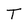
Character: T